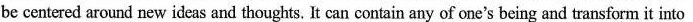
be centered around new ideas and thoughts. It can contain any of one's being and transform it into